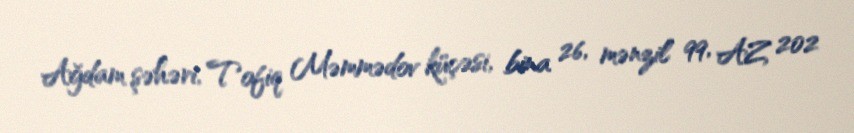
Ağdam şəhəri, Tofiq Məmmədov küçəsi, bina 26, mənzil 99, AZ 202